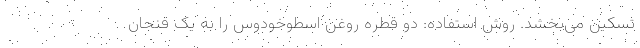
تسکین می‌بخشد. روش استفاده: دو قطره روغن اسطوخودوس را به یک فنجان